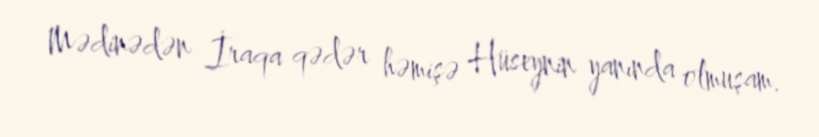
Mədinədən İraqa qədər həmişə Hüseynin yanında olmuşam.